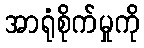
အာရုံစိုက်မှုကို